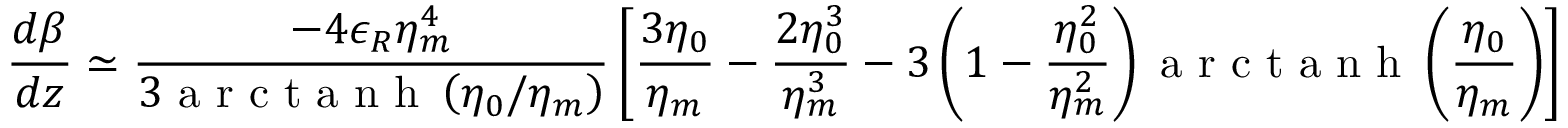
\frac { d \beta } { d z } \simeq \frac { - 4 \epsilon _ { R } \eta _ { m } ^ { 4 } } { 3 \mathrm { ~ a ~ r ~ c ~ t ~ a ~ n ~ h ~ } \left( \eta _ { 0 } / \eta _ { m } \right) } \left[ \frac { 3 \eta _ { 0 } } { \eta _ { m } } - \frac { 2 \eta _ { 0 } ^ { 3 } } { \eta _ { m } ^ { 3 } } - 3 \left( 1 - \frac { \eta _ { 0 } ^ { 2 } } { \eta _ { m } ^ { 2 } } \right) \mathrm { ~ a ~ r ~ c ~ t ~ a ~ n ~ h ~ } \left( \frac { \eta _ { 0 } } { \eta _ { m } } \right) \right] .